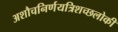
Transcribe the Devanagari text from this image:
अशौचनिर्णयत्रिशच्छलोकी